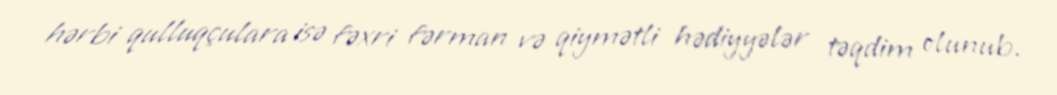
hərbi qulluqçulara isə fəxri fərman və qiymətli hədiyyələr təqdim olunub.